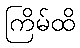
ကြိမ်ထိ